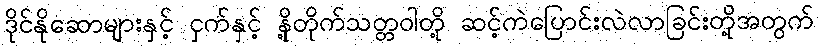
ဒိုင်နိုဆောများနှင့် ငှက်နှင့် နို့တိုက်သတ္တဝါတို့ ဆင့်ကဲပြောင်းလဲလာခြင်းတို့အတွက်